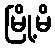
မြို့မိ